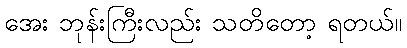
အေး ဘုန်းကြီးလည်း သတိတော့ ရတယ်။